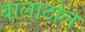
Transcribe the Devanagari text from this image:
वालाठोल